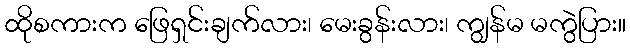
ထိုစကားက ဖြေရှင်းချက်လား၊ မေးခွန်းလား၊ ကျွန်မ မကွဲပြား။